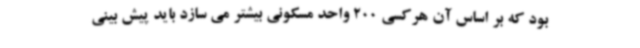
بود که بر اساس آن هرکسی 200 واحد مسکونی بیشتر می سازد باید پیش بینی